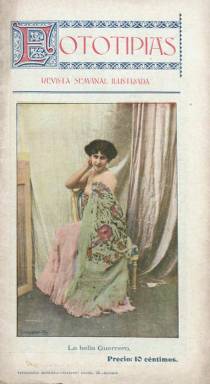
Título: Fototipias (Madrid)
Colección: Revistas de información general
Ámbito geográfico: Madrid
Lugar de publicación: Madrid
Fechas: 29/11/1900-29/11/1900

Sólo se conoce su primer número, correspondiente al 29 de noviembre de 1900, de esta “revista semanal ilustrada” que adopta como título este procedimiento de estampación fotográfica que a finales del siglo XIX se empezó a utilizar de forma generalizada para la impresión de postales. Es una entrega de 16 páginas, con una cubierta a color con el retrato (del fotógrafo Santamaría) de la entonces célebre bailarina y cupletista La Bella Guerrero, que había debutado en el Casino Music Hall, de Madrid, el año anterior, tras regresar de París, en donde se había formado profesionalmente.

La publicación inserta a toda plana otros retratos fotográficos de artistas, así como otros dibujos. Lo primero que hace es ofrecer una crónica con algunas notas de política internacional y nacional, firmada por Saturnino Echalecu e ilustrada con un fotograbado del conservador Francisco Romero Robledo (1838-1906), para después dar cuenta de otras en una sección bajo el epígrafe Habladurías teatrales, firmada bajo el seudónimo El Avisador. Las páginas centrales están dedicadas a la reseña de la obra La Corte del faraón, que se representaba en el madrileño Teatro de la Princesa, acompañada de fotografías de sus intérpretes. También contiene una reseña bibliográfica sobre la obra Entre naranjos, de Vicente Blasco Ibáñez. Inserta un texto firmado por T. Osácar y otros en verso de Arturo G. Carraffa, Martín Pizarro, Pedro J. Solas, Alfredo Pallardó y Manuel Paso. Señala que aparecería cada jueves, y a los contenidos del mundo del espectáculo suma algo de actualidad política, de creación literaria y hasta de costumbres.